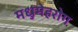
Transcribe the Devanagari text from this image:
मधुमेहरोग